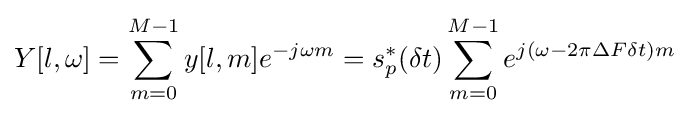
Y[l,\omega ]=\sum _{m=0}^{M-1}y[l,m]e^{-j\omega m}=s_{p}^{*}(\delta t)\sum _{m=0}^{M-1}e^{j(\omega -2\pi \Delta F\delta t)m}